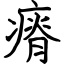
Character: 瘠